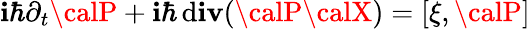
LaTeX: \mathbf{i}\hbar\partial_{t}{\calP}+\mathbf{i}\hbar\operatorname{d\mathbf{i}\mathbf{v}}({\calP}\boldsymbol{\calX})=[\xi,{\calP}]